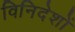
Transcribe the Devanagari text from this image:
विनिदेशों